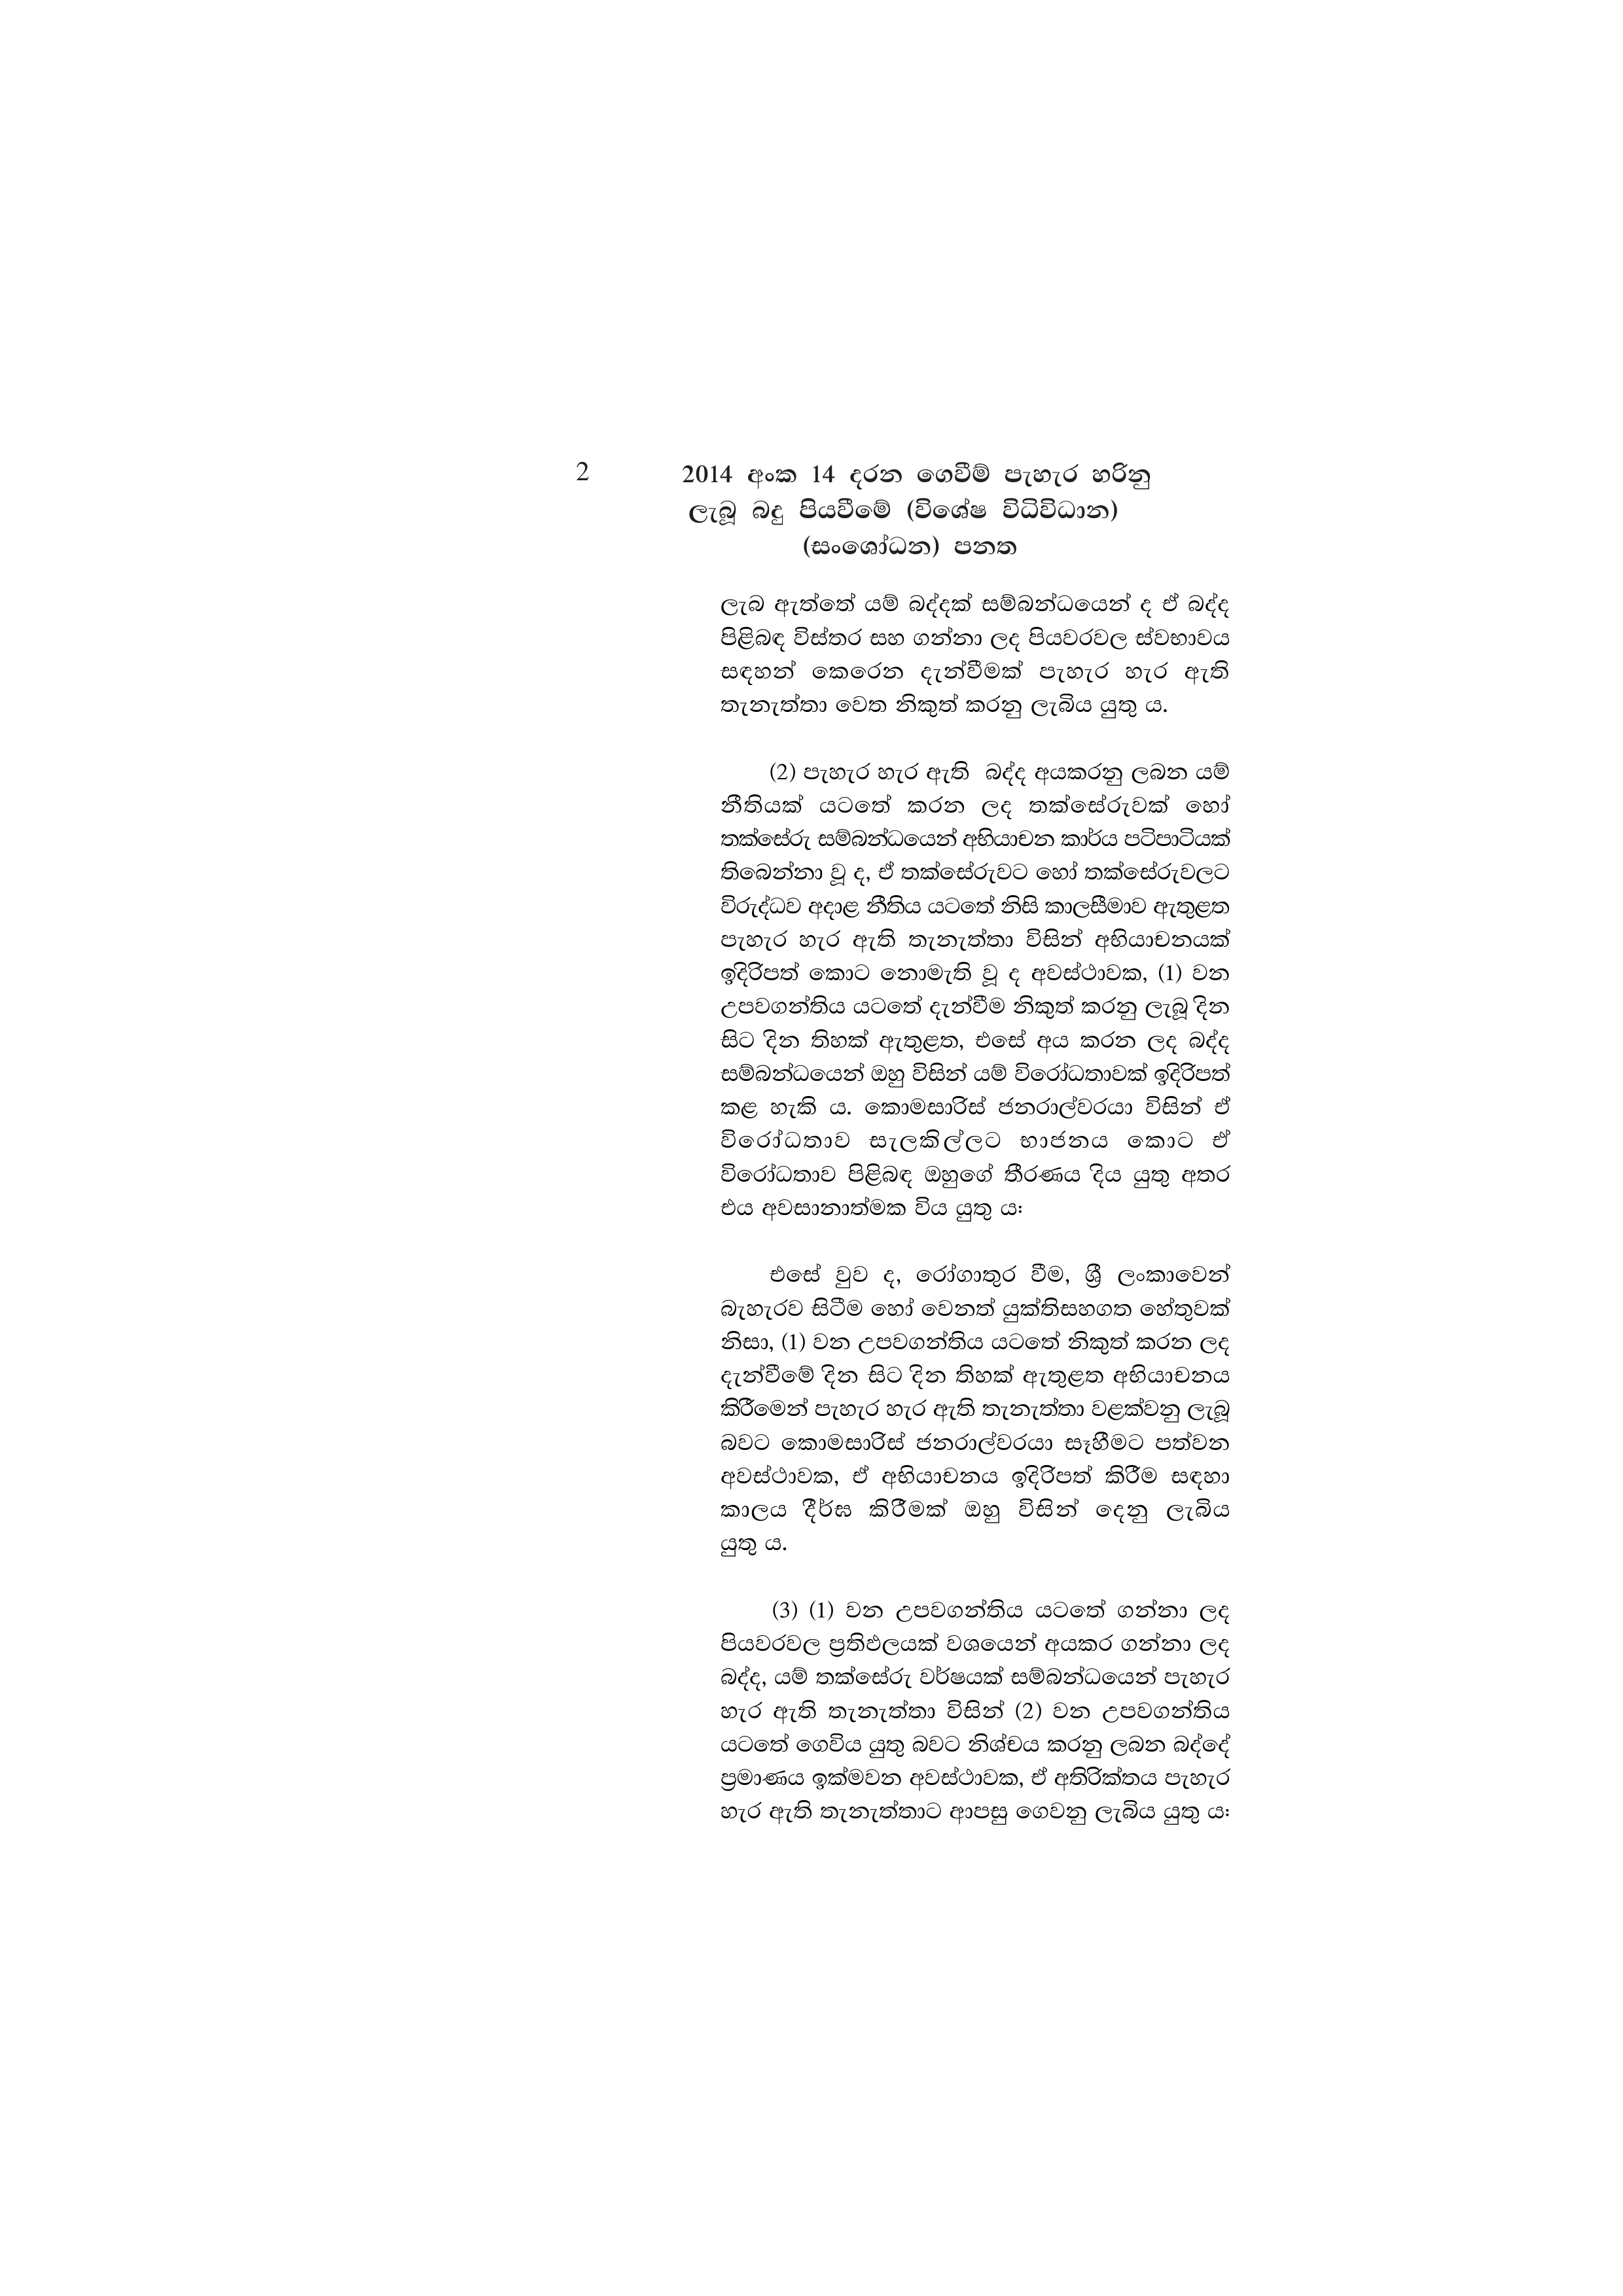
2 2014 අංක 14 දරන ගෙවීම් පැහැර හරිනු
ලැබූ බදු පියවීමේ (විශේෂ විධිවිධාන)
(සංශෝධන) පනත

ලැබ ඇත්තේ යම් බද්දක් සම්බන්ධයෙන් ද ඒ බද්ද
පිළිබඳ විස්තර සහ ගන්නා ලද පියවරවල ස්වභාවය
සඳහන් කෙරෙන දැන්වීමක් පැහැර හැර ඇති
තැනැත්තා වෙත නිකුත් කරනු ලැබිය යුතු ය.

(2) පැහැර හැර ඇති බද්ද අයකරනු ලබන යම්
නීතියක් යටතේ කරන ලද තක්සේරුවක් හෝ
තක්සේරු සම්බන්ධයෙන් අභියාචන කාර්ය පටිපාටියක්
තිබෙන්නා වූ ද, ඒ තක්සේරුවට හෝ තක්සේරුවලට
විරුද්ධව අදාළ නීතිය යටතේ නිසි කාලසීමාව ඇතුළත
පැහැර හැර ඇති තැනැත්තා විසින් අභියාචනයක්
ඉදිරිපත් කොට නොමැති වූ ද අවස්ථාවක, (1) වන
උපවගන්තිය යටතේ දැන්වීම නිකුත් කරනු ලැබූ දින
සිට දින තිහක් ඇතුළත, එසේ අය කරන ලද බද්ද
සම්බන්ධයෙන් ඔහු විසින් යම් විරෝධතාවක් ඉදිරිපත්
කළ හැකි ය. කොමසාරිස් ජනරාල්වරයා විසින් ඒ
විරෝධතාව __ සැලකිල්ලට භාජනය කොට ඒ
විරෝධතාව පිළිබඳ ඔහුගේ තීරණය දිය යුතු අතර
එය අවසානාත්මක විය යුතු ය:

එසේ වුව ද, රෝගාතුර වීම, ශ්‍රී ලංකාවෙන්
බැහැරව සිටීම හෝ වෙනත් යුක්තිසහගත හේතුවක්
නිසා, (1) වන උපවගන්තිය යටතේ නිකුත් කරන ලද
දැන්වීමේ දින සිට දින තිහක් ඇතුළත අභියාචනය
කිරීමෙන් පැහැර හැර ඇති තැනැත්තා වළක්වනු ලැබූ
බවට කොමසාරිස් ජනරාල්වරයා සෑහීමට පත්වන
අවස්ථාවක, ඒ අභියාචනය ඉදිරිපත් කිරීම සඳහා
කාලය දීර්ඝ කිරීමක් ඔහු විසින් දෙනු ලැබිය
යුතු ය.

(3) (1) වන උපවගන්තිය යටතේ ගන්නා ලද
පියවරවල ප්‍රතිඵලයක් වශයෙන් අයකර ගන්නා ලද
බද්ද, යම් තක්සේරු වර්ෂයක් සම්බන්ධයෙන් පැහැර
හැර ඇති තැනැත්තා විසින් (2) වන උපවගන්තිය
යටතේ ගෙවිය යුතු බවට නිශ්චය කරනු ලබන බද්දේ
ප්‍රමාණය ඉක්මවන අවස්ථාවක, ඒ අතිරික්තය පැහැර
හැර ඇති තැනැත්තාට ආපසු ගෙවනු ලැබිය යුතු ය: